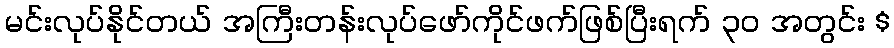
မင်းလုပ်နိုင်တယ် အကြီးတန်းလုပ်ဖော်ကိုင်ဖက်ဖြစ်ပြီးရက် ၃၀ အတွင်း $